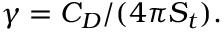
\gamma = { C _ { D } } / ( 4 \pi { S _ { t } } ) .